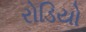
રોડિયો